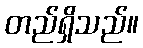
တည်ရှိသည်။